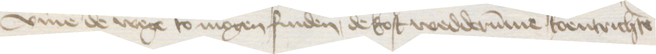
vmme de wege to mogen finden, de kost wedderumme toentrichten